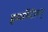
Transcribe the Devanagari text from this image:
इम्मॉर्टल्स्